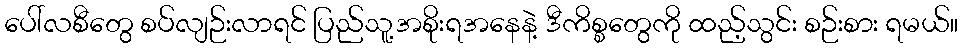
ပေါ်လစီတွေ စပ်လျဉ်းလာရင် ပြည်သူ့အစိုးရအနေနဲ့ ဒီကိစ္စတွေကို ထည့်သွင်း စဉ်းစား ရမယ်။